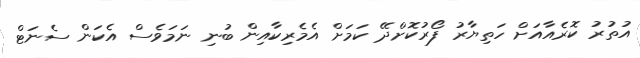
އުތުރު ކޮރެއާއަށް ހަތިޔާރު ފޯރުކޮށްދޭ ކަމަށް އެމެރިކާއިން ބުނި ނަމަވެސް އެކަން ސެނަޓް